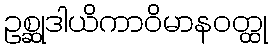
ဥစ္ဆုဒါယိကာဝိမာနဝတ္ထု